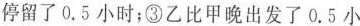
停留了0.5小时；③乙比甲晚出发了0.5小